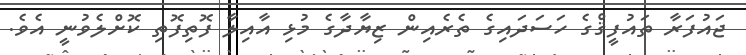
ޖައުފަރާ ތައުފީޤްގެ ހަސަދައިގެ ތެރެއިން ޒިޔާދާގެ މުޅި އާއިލާ ފޮތިފޮތި ކޮށްލެވުނީ އެވެ.